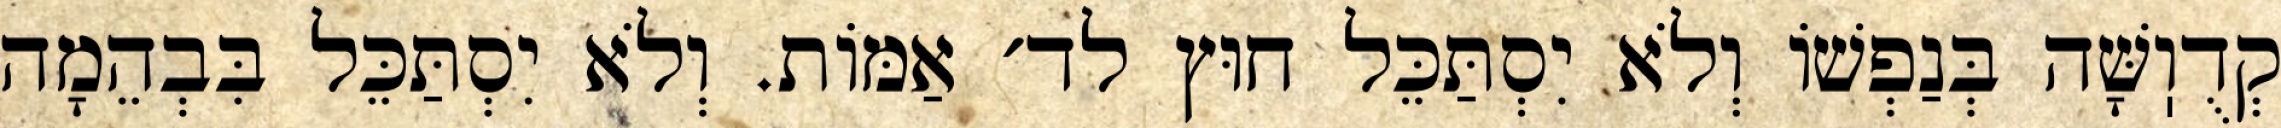
קְדֻוֽשָּׁה בְּנַפְשׁוֹ וְלֹא יִסְתַּכֵּל חוּץ לד׳ אַמּוֹת. וְלֹא יִסְתַּכֵּל בִּבְהֵמָה